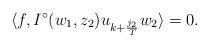
LaTeX: \begin{align*}\langle f, I^{\circ}(w_1, z_2)u_{k+\frac{j_2}{T}}w_2\rangle=0.\end{align*}